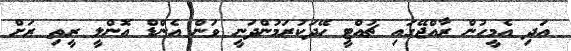
އަދި އެމީހުން ރާއްޖޭގައި ޗުއްޓީ ހޭދަކުރަމުންދަނީ ވަން އެންޑް އޮންލީ ރީތި ރަށް